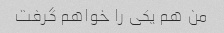
من هم یکی را خواهم گرفت